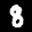
Label: 8